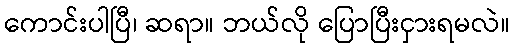
ကောင်းပါပြီ၊ ဆရာ။ ဘယ်လို ပြောပြီးငှားရမလဲ။